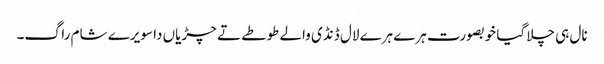
نال ہی چلا گیا خوبصورت ہرے ہرے لال ڈنڈی والے طوطے تے چڑیاں دا سویرے شام راگ۔